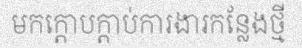
មកក្តោបក្តាប់ការងារកន្លែងថ្មី